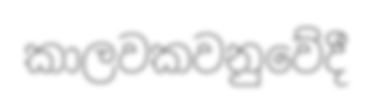
කාලවකවනුවේදී